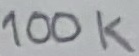
Text: 100K